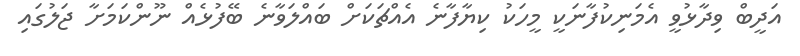
އަދީބް ވިދާޅުވީ އެމަނިކުފާނަކީ މީހަކު ކިޔާފާނެ އެއްޗަކަށް ބައްލަވާނެ ބޭފުޅެއް ނޫންކަމަށާ ޖަލުގައި